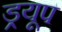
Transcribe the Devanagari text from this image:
ड्रयूप